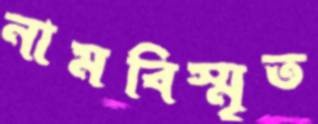
নামবিস্মৃত